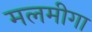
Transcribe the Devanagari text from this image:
मलमीगा